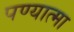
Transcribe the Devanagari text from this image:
पण्यात्मा